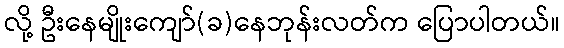
လို့ ဦးနေမျိုးကျော်(ခ)နေဘုန်းလတ်က ပြောပါတယ်။